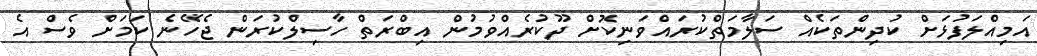
އަމިއްލަފުޅަށް ކުދިންތަކެއް ސަލާމަތްކުރައްވަނިކޮށް ދޫކުރެއްވުމުން އިބްރަތް ހާސިލްކުރަން ޖެހޭނެ ކަމަށް ވެސް އެ